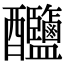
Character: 𨤎